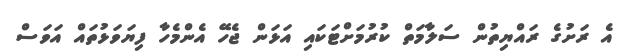
އެ ރަށުގެ ރައްޔިތުން ސަލާމަތް ކުރުމަށްޓަކައި އަޅަން ޖެހޭ އެންމެހާ ފިޔަވަޅުތައް އަވަސް